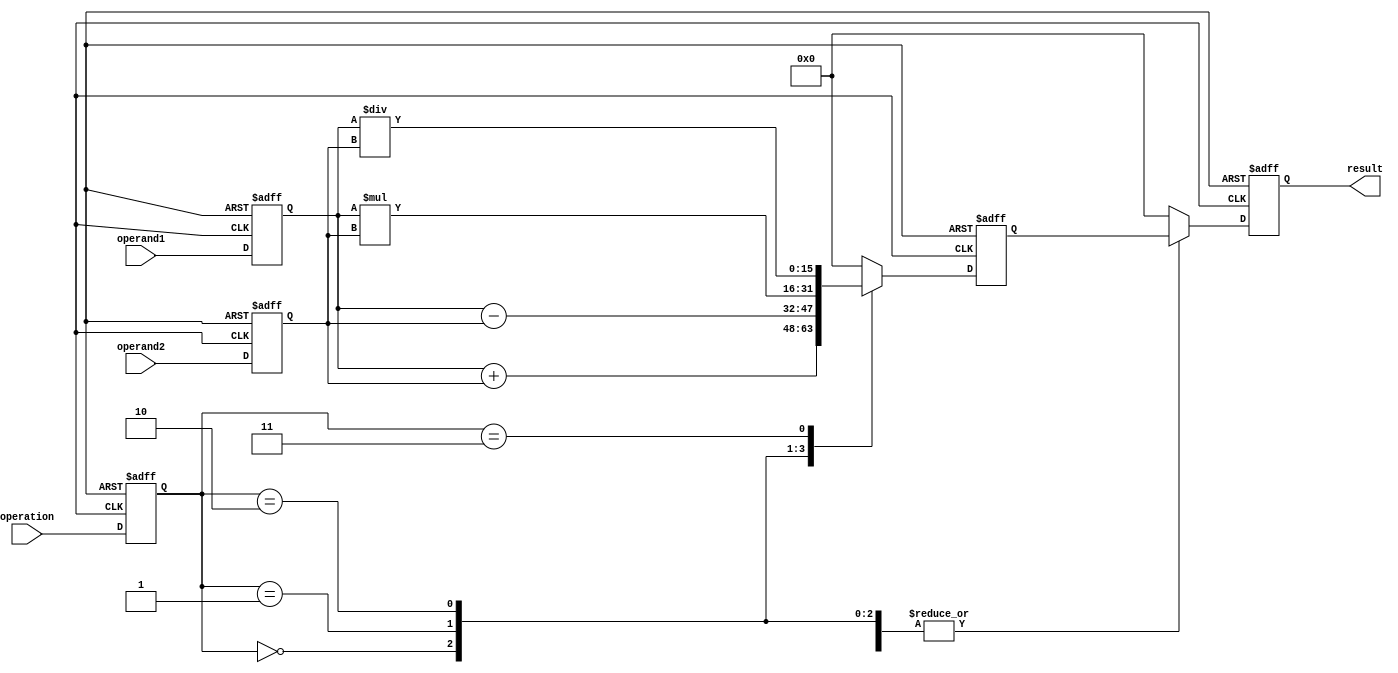
module HalfPrecisionFloatingPointUnit (
    input wire [15:0] operand1,
    input wire [15:0] operand2,
    input wire [2:0] operation,
    output reg [15:0] result
);

// Input registers
reg [15:0] input_reg1;
reg [15:0] input_reg2;

// Control unit
reg [2:0] operation_reg;

// ALU
reg [15:0] temp_result;

// Output register
reg [15:0] output_reg;

always @ (posedge clk or negedge rst_n) begin
    if (~rst_n) begin
        input_reg1 <= 16'b0;
        input_reg2 <= 16'b0;
        operation_reg <= 3'b0;
        temp_result <= 16'b0;
        output_reg <= 16'b0;
    end else begin
        input_reg1 <= operand1;
        input_reg2 <= operand2;
        operation_reg <= operation;
        
        // Arithmetic logic unit
        case(operation_reg)
            3'b000: temp_result <= input_reg1 + input_reg2; // Add
            3'b001: temp_result <= input_reg1 - input_reg2; // Subtract
            3'b010: temp_result <= input_reg1 * input_reg2; // Multiply
            3'b011: temp_result <= input_reg1 / input_reg2; // Divide
            // Add more operations as needed
            default: temp_result <= 16'b0;
        endcase
        
        // Multiplexer to select output based on operation result
        case(operation_reg)
            3'b000: output_reg <= temp_result; // Add
            3'b001: output_reg <= temp_result; // Subtract
            3'b010: output_reg <= temp_result; // Multiply
            3'b011: output_reg <= temp_result; // Divide
            // Add more cases as needed
            default: output_reg <= 16'b0;
        endcase
    end
end

// Output result
assign result = output_reg;

endmodule